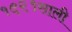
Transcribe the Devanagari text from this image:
१९२१साली